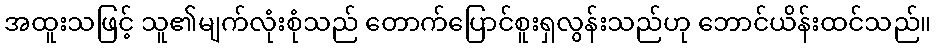
အထူးသဖြင့် သူ၏မျက်လုံးစုံသည် တောက်ပြောင်စူးရှလွန်းသည်ဟု ဘောင်ယိန်းထင်သည်။